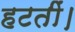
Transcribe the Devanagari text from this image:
हटतीं।